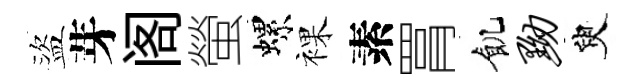
盜芽阁螢螺裸素罥飢黝臾